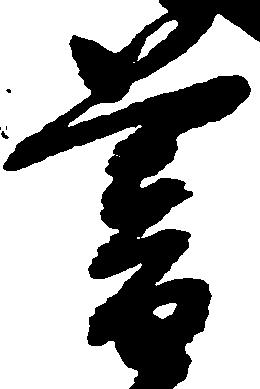
暮